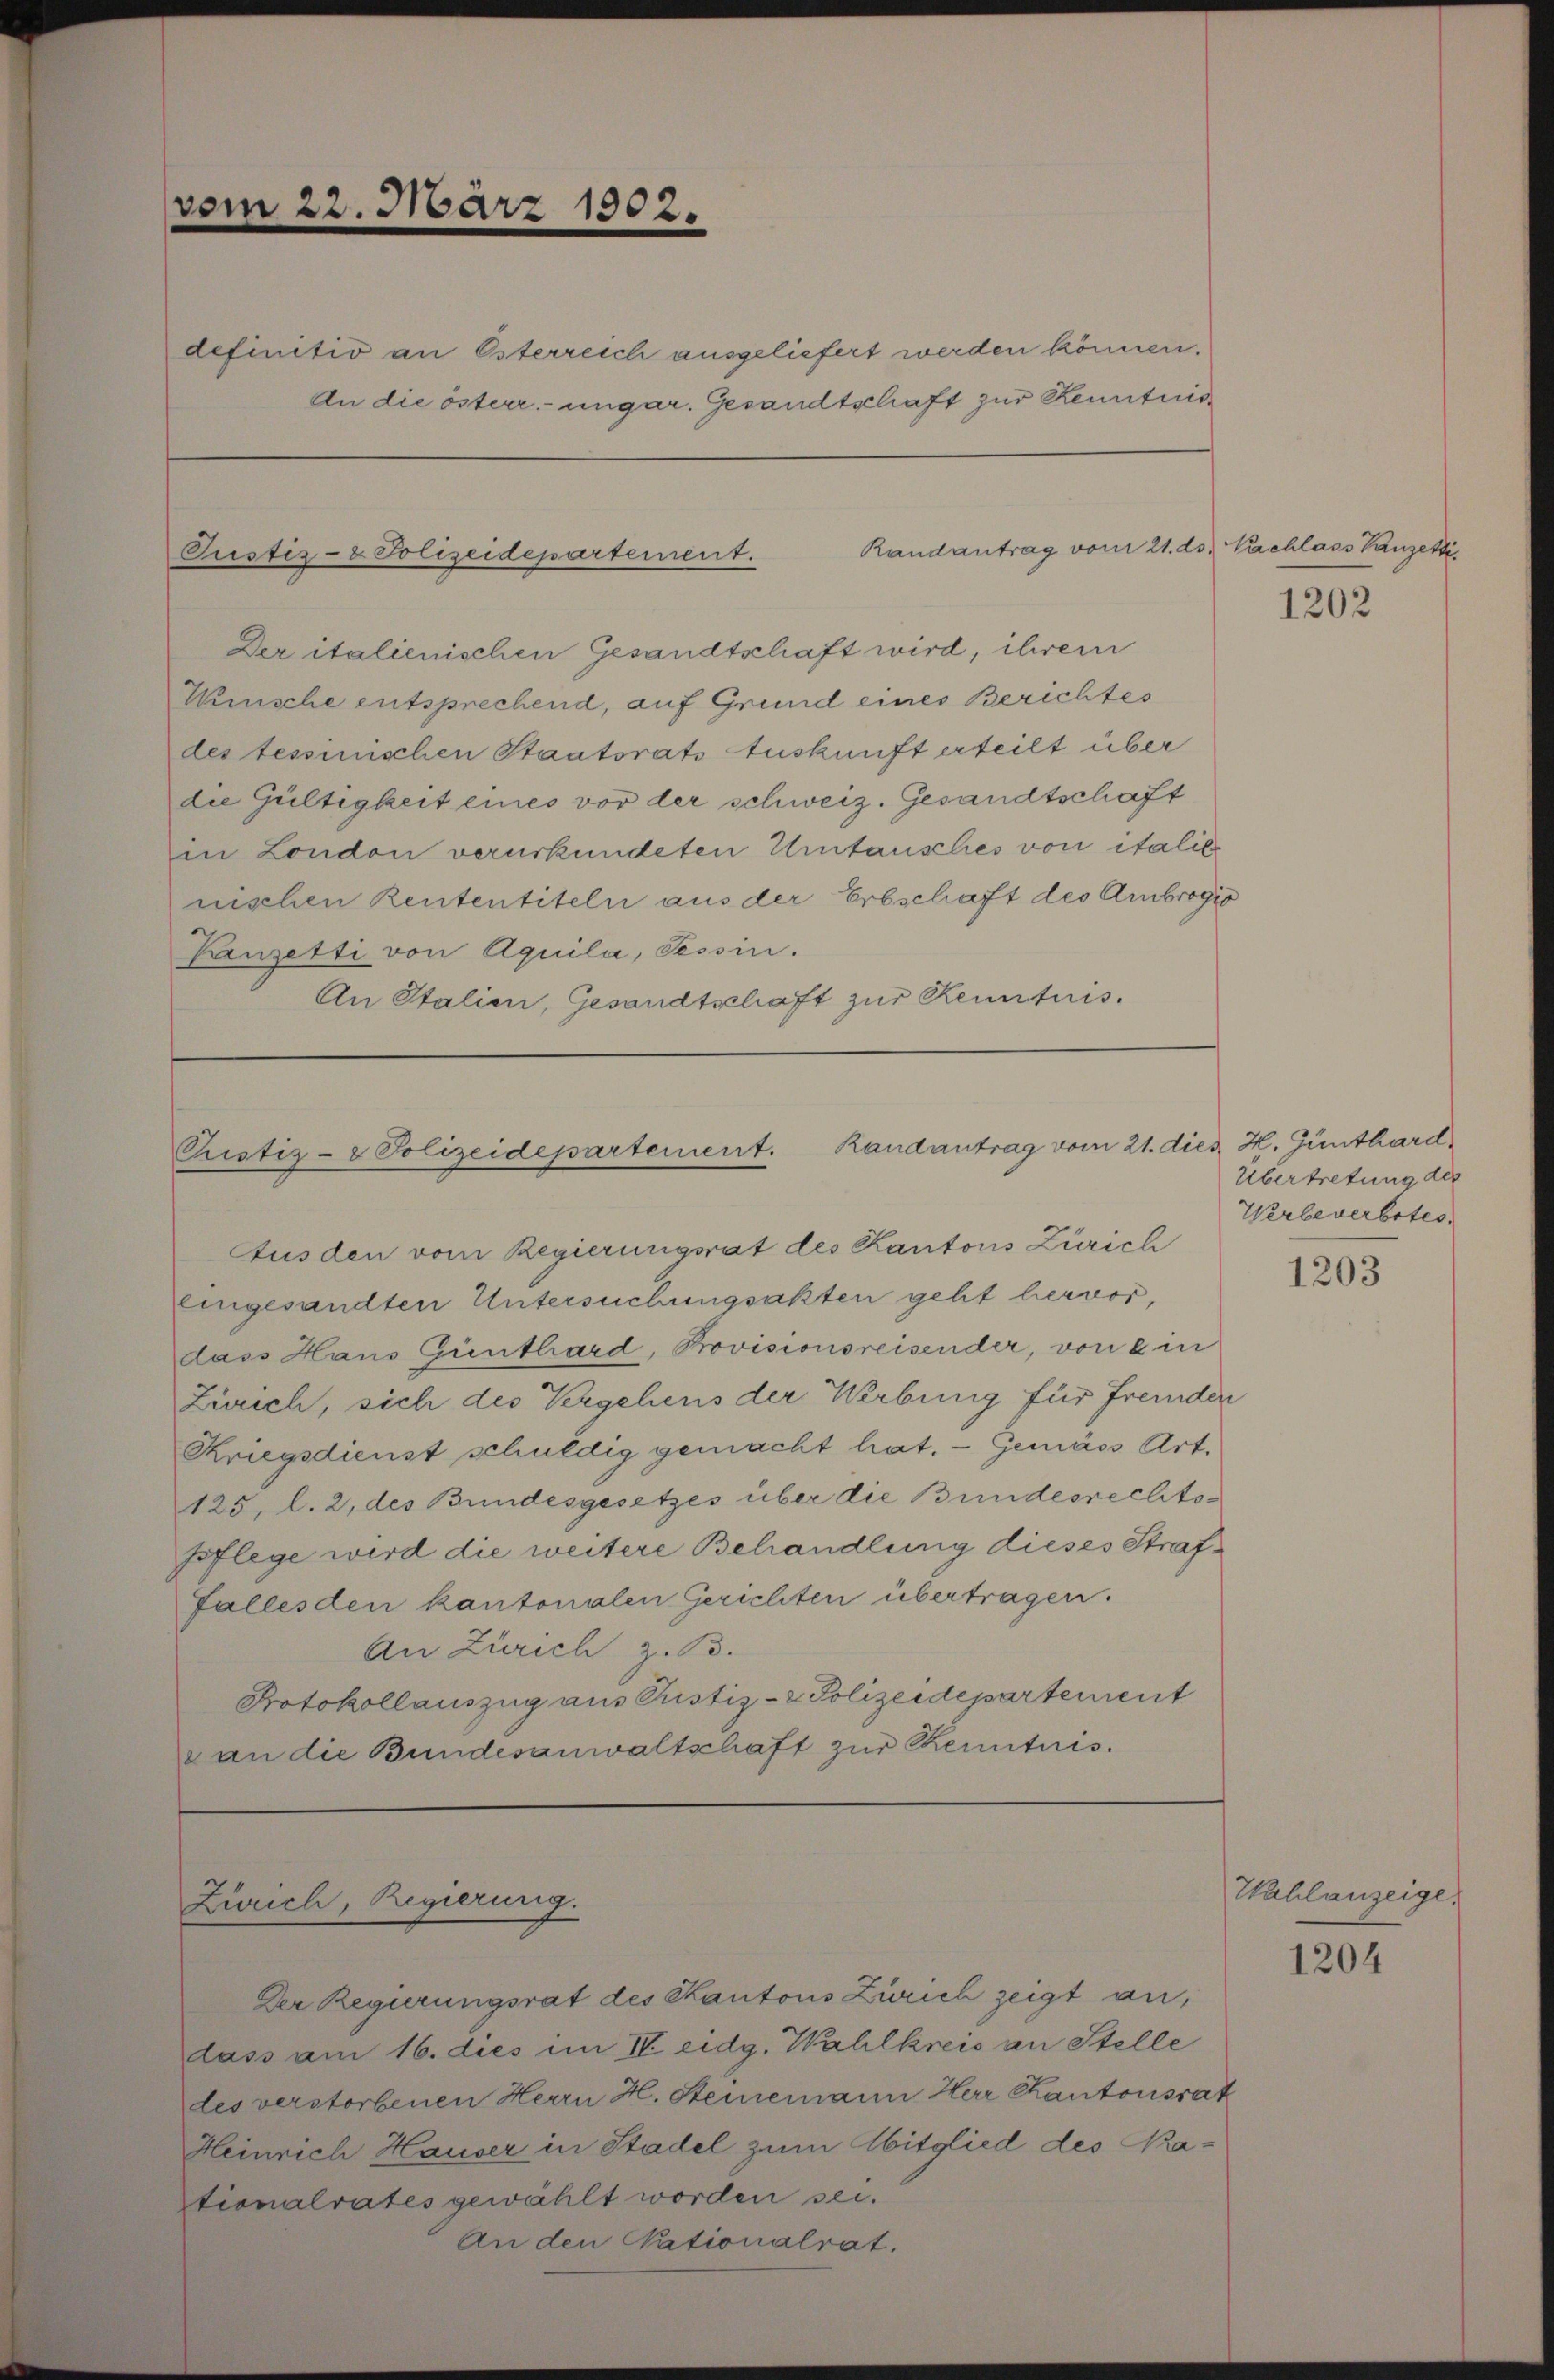
vom 22. März 1802.

definitiv an Österreich ausgeliefert werden können.
An die österr.-ungar. Gesandtschaft zur Kenntnis

Justiz- & Polizeidepartement.

Prustiz- & Polizeidepartement. Randantrag vom 21. dies H. Günthard,

Zürich, Regierung.

Randantrag vom 21. ds. Nachlass Panzel
Der italienischen Gesandtschaft wird, ihrem
Wünsche entsprechend, auf Grund eines Berichtes
des tessinischen Staatsrats Auskunft erteilt über
die Gültigkeit eines vor der schweiz. Gesandtschaft
in London verurkundeten Umtausches von italite
nischen Rententiteln aus der Erbschaft des Ambrogio
Kanzetti von Aquila, Tessin.
An Italien, Gesandtschaft zur Kenntnis.

Aus den vom Regierungsrat des Kantons Zürich
Eingesandten Untersuchungsakten geht hervor,
dass Haus Günthard, Provisionsreisender, von ein
Zürich, sich des Vergehens der Werbung für fremden
Kriegsdienst schuldig gemacht hat. — Gemäss Art.
125, l. 2, des Bundesgesetzes über die Bundesrechtsspflege wird die weitere Behandlung dieses Straffalles den kantonalen Gerichten übertragen.
An Zürich z. B.
Protokollauszug aus Pustiz- & Polizeidepartement
dan die Bundesanwaltschaft zur Kenntnis.

Der Regierungsrat des Kantons Zürich zeigt an,
dass am 16. dies im IV eidg. Wahlkreis an Stelle
des verstorbenen Herrn H. Steinemann Herr Kantonsrat
Heinrich Hauser in Stadel zum Abitglied des Ka-
tionalrates gewählt worden sei.
An den Nationalrat.

1202

Übertretung des
Werbeverbotes

1203

Wahlanzeige.

1204